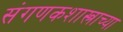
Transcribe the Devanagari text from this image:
संगणकशास्त्राच्या